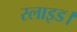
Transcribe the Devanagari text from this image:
स्लाइड।